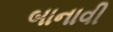
બાનાવી